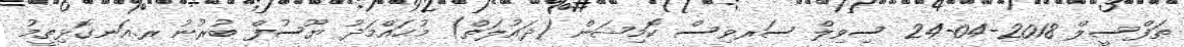
ތަފްސީލް 2018-04-24 ސިވިލް ސަރވިސް ކޮމިޝަން (ދައުލަތް) މުޙައްމަދު ޔޫސުފް ބުރުނު ރ.އަނގޮޅިތީމު